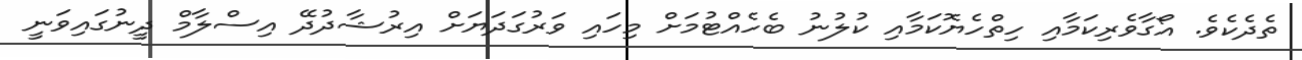
ތެދެކެވެ. އޯގާވެރިކަމާއި ހިތްހެޔޮކަމާއި ކުލުނު ބެހެއްޓުމަށް މިހައި ވަރުގަދަޔަށް އިރުޝާދުދޭ އިސްލާމް ދީނުގައިވަނީ